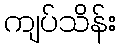
ကျပ်သိန်း